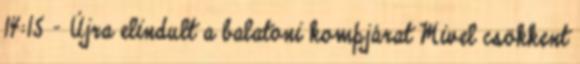
14:15 - Újra elindult a balatoni kompjárat Mivel csökkent